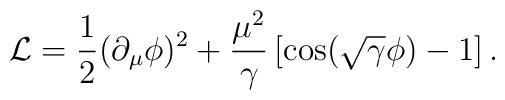
{\cal {L}}=\frac{1}{2}(\partial _{\mu }\phi )^{2}+\frac{\mu ^{2}}{\gamma }\left[ \cos (\sqrt{\gamma }\phi )-1\right] .